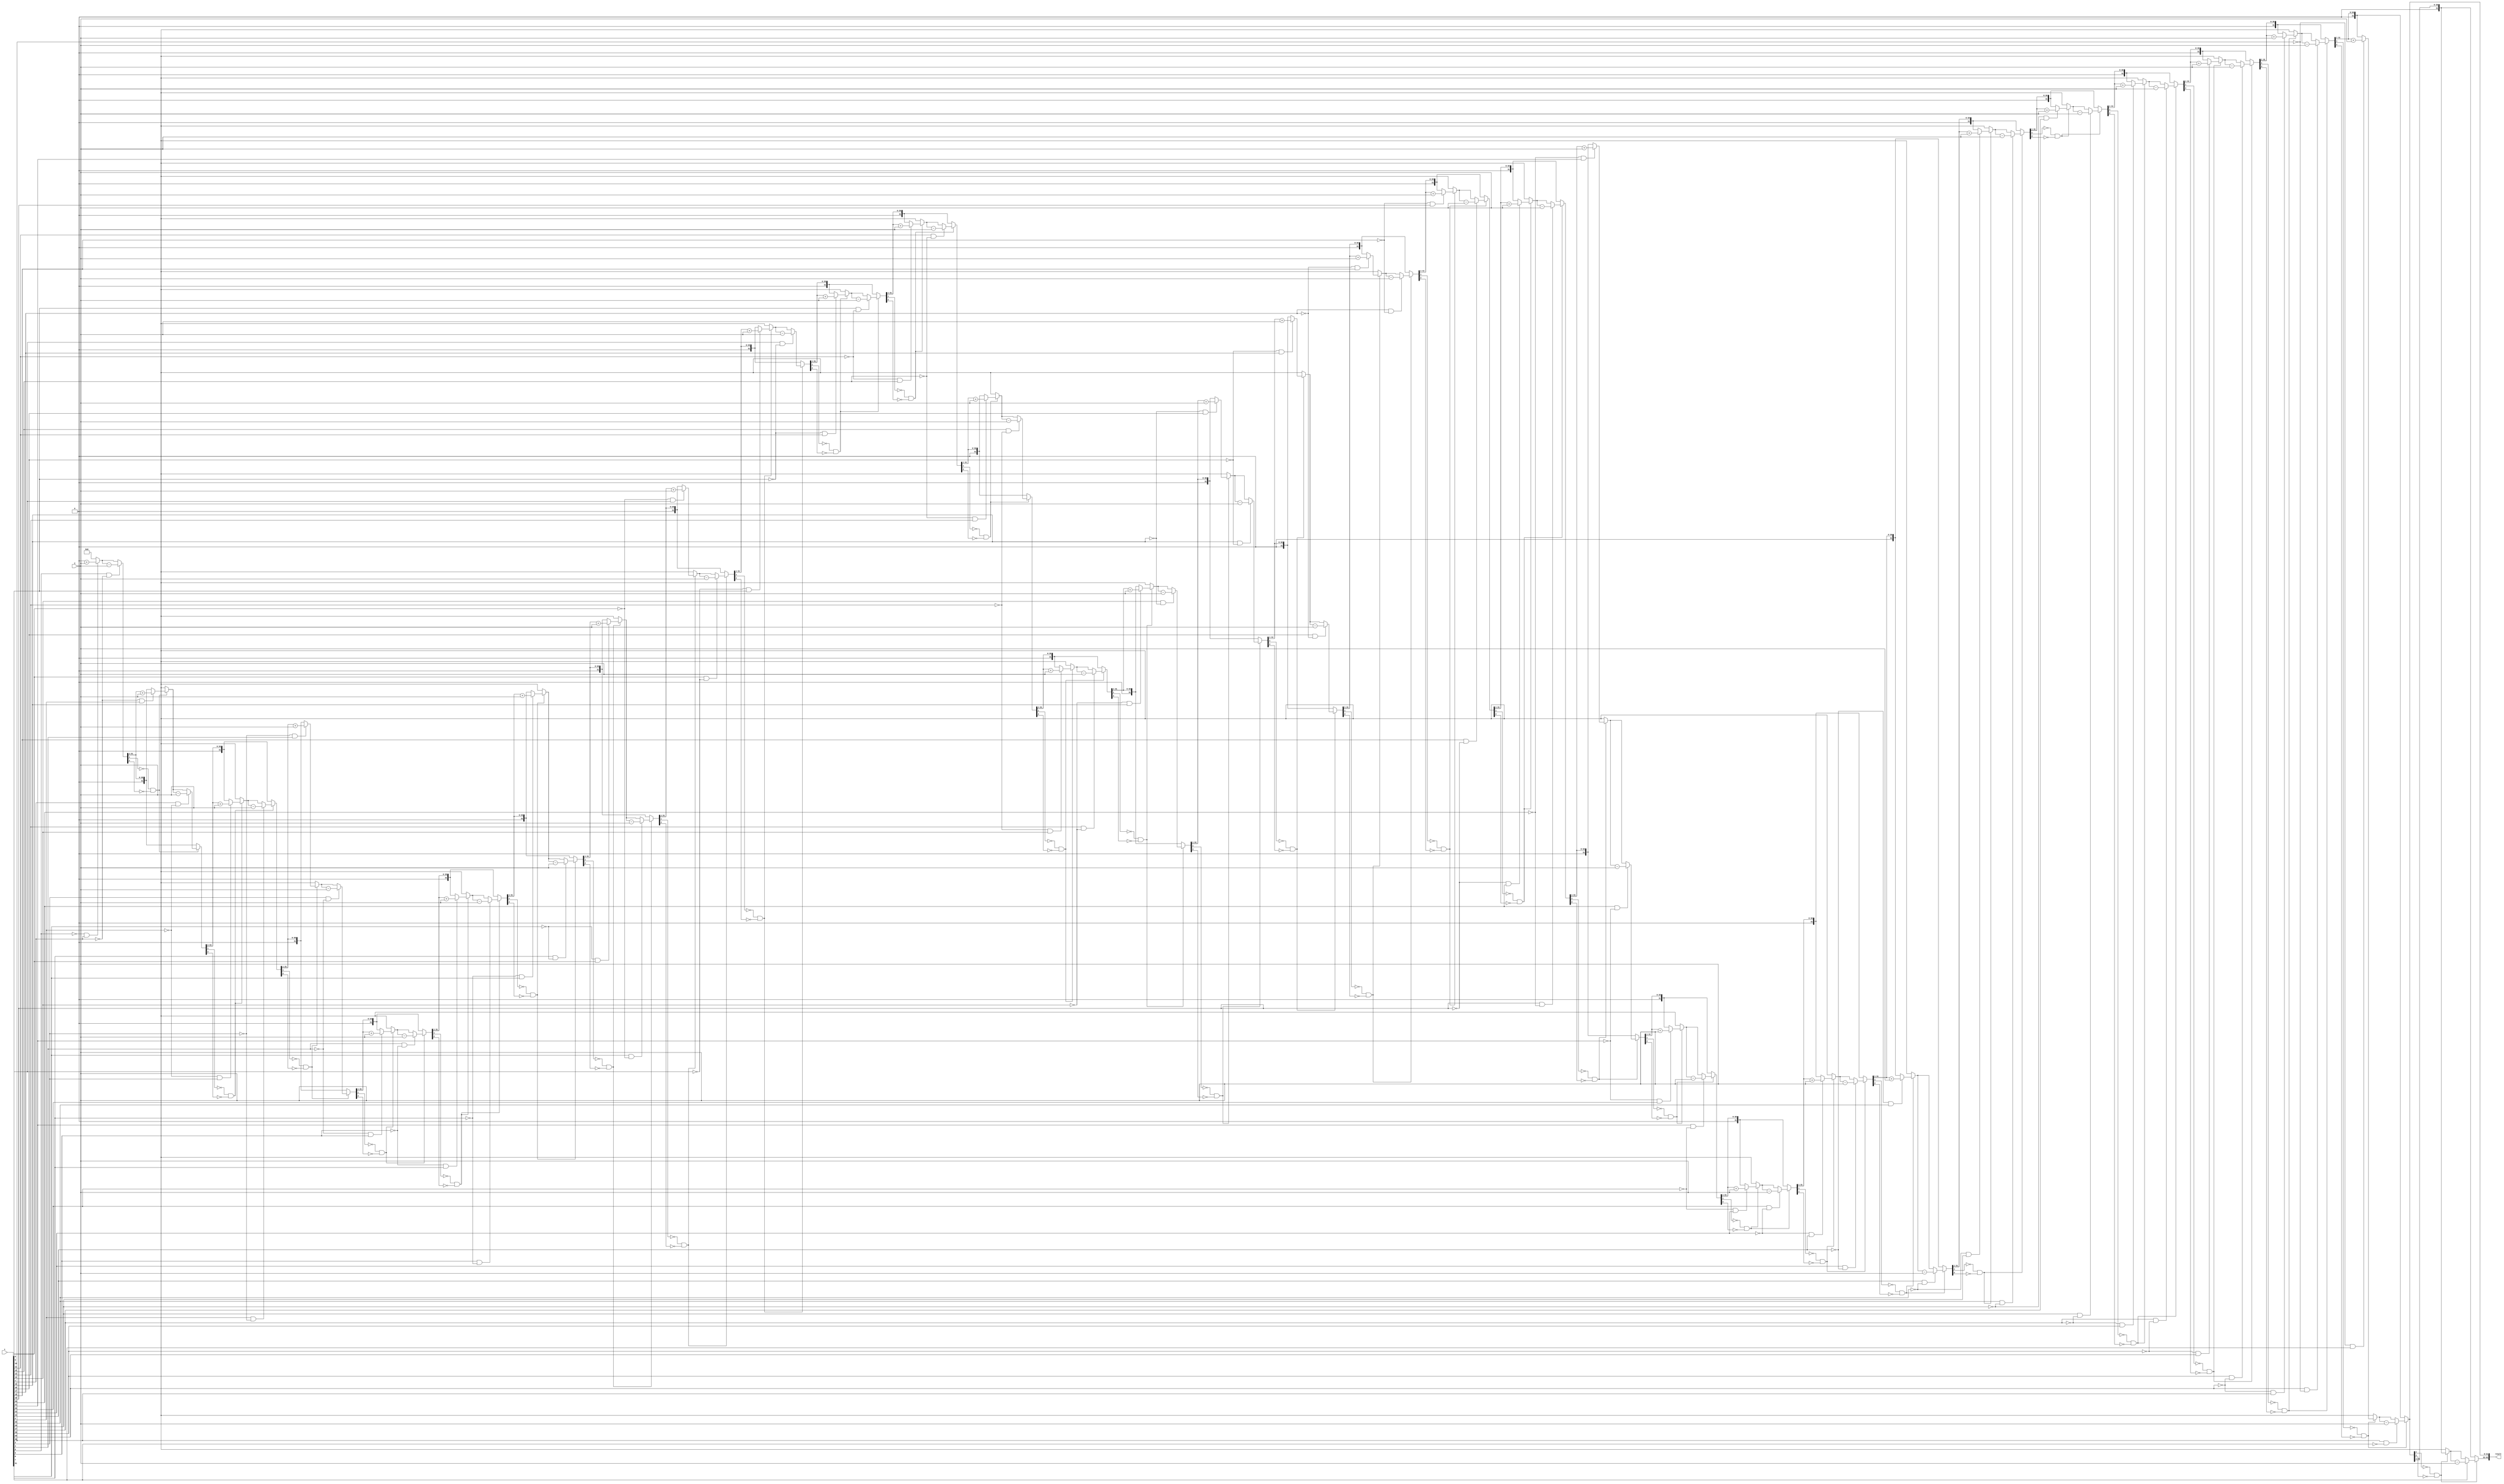
module BoothMultiplier(
    input [31:0] x,
    input [31:0] y,
    output reg [63:0] result
);

reg [31:0] A;
reg [31:0] S;
reg [1:0] count;

always @(*) begin
    A = x;
    S = 0;
    result = 64'b0;

    for (count=0; count<32; count=count+1) begin
        if (S[0] == 0 && S[1] == 0) begin
            if (A[0] == 0 && A[1] == 1) begin
                S = S + y;
            end
            if (A[0] == 1 && A[1] == 0) begin
                S = S - y;
            end
        end

        result = {S, result[63:32]};
        
        S = S >> 1;
        A = A >> 1;
    end
end

endmodule